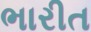
ભારીત